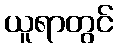
ယူရာတွင်